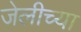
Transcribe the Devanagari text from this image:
जेलीच्या